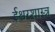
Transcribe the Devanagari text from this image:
ईश्वरशास्त्र